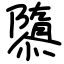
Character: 隳